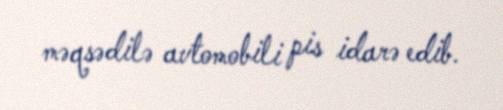
məqsədilə avtomobili pis idarə edib.